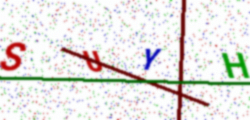
Text: SUYH